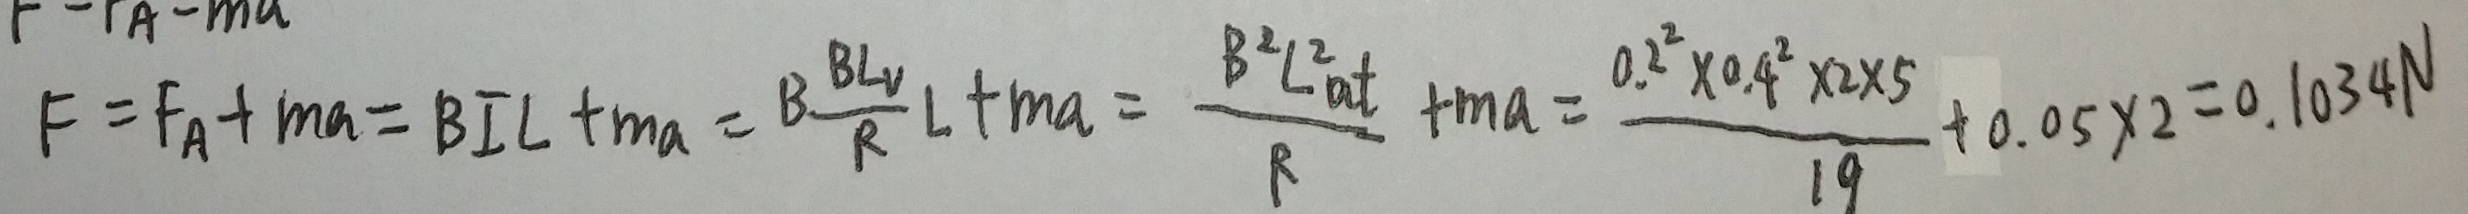
F = F _ { A } + m a = B I L + m a = B \frac { B L V } { R } L + m a = \frac { B ^ { 2 } L ^ { 2 } a t } { 1 9 } = \frac { 0 . 2 ^ { 2 } \times 0 . 4 ^ { 2 } \times 2 \times 5 } { 1 9 } + 0 . 0 5 \times 2 = 0 . 1 0 3 4 N